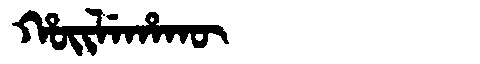
Manchu: ᡥᠣᡳᠯᡝᡥᠠᡴᡡ
Romanization: HOILEHAKŪ